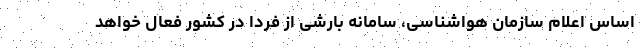
اساس اعلام سازمان هواشناسی، سامانه بارشی از فردا در کشور فعال خواهد